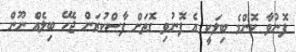
ފޮނުވާ ކޮންމެ ބިލަކީ އެ ފޮނުވި ގޮތަށް ފާސްކުރަން ޖެހޭ ބިލެއް ނޫން